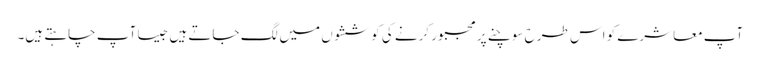
آپ معاشرے کو اس طرح سوچنے پر مجبور کرنے کی کوششوں میں لگ جاتے ہیں جیسا آپ چاہتے ہیں۔